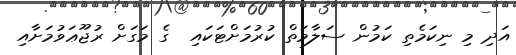
އަދި މި ނިކަމެތި ކަމުން ސަލާމަތް ކުރުމަށްޓަކައި  ގެ މަގަށް ރުޖޫޢަވުމަށާއި